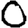
Digit: 0